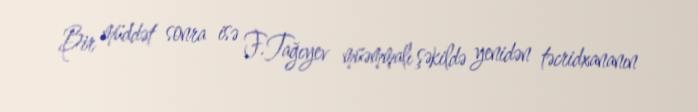
Bir müddət sonra isə F.Tağıyev müəmmalı şəkildə yenidən təcridxananın